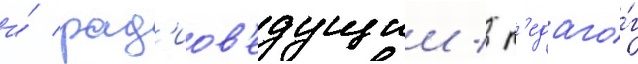
и́ рад'иов'едущии / п'едаго́г